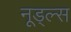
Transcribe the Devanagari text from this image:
नूड्ल्स